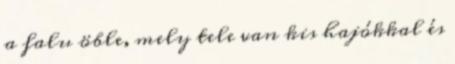
a falu öble, mely tele van kis hajókkal és